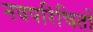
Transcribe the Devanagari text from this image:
नवपरिचितों